Annual vaccination report of Bihar and Orissa - 1911-1928
Year: 1911
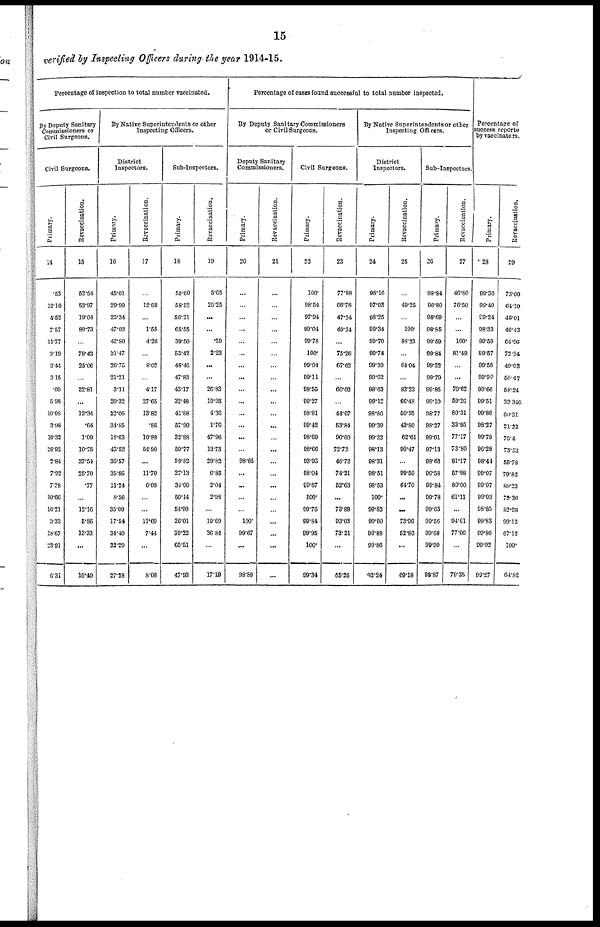
15
verified by Inspecting Officers during the year 1914-15.
Percentage of inspection to total number vaccinated.
By Deputy Sanitary
Commissioners or
Civil Surgeons.
Civil Surgeons.
Primary.
14
.53
12.10
4.52
7.57
11.77
3.10
3.44
315
.09
5.98
10.03
3.08
10.32
26.92
2.84
7.92
7.38
10.66
10.21
3.33
18.67
23.91
6.31
Revaccination.
15
52.54
53.97
19.04
80.73
...
79.43
25.06
...
32.81
...
13.34
.64
1.09
10.78
37.54
25.70
.77
...
12.16
6.85
13.33
...
10.40
By Native Superintendents or other
Inspecting Officers.
District
Inspectors.
Primary.
16
45.01
29.99
25.34
47.03
42.80
21.47
26.75
21.21
3.11
20.32
22.08
34.85
18.63
43.52
36.57
35.86
11.24
8.56
35.09
17.54
34.40
32.20
27.28
Revaccination.
17
...
12.68
...
1.55
4.26
...
8.02
...
4.17
27.65
13.82
.80
10.88
54.90
...
11.70
6.08
...
...
11.69
7.44
...
8.68
Sub-Inspectors.
Primary.
18
50.60
58.52
56.21
65.55
39.50
53.42
48.46
47.83
43.17
32.48
41.88
57.90
32.88
50.77
59.82
27.13
34.00
50.14
54.99
26.01
39.22
65.51
47.93
Revaccination.
19
5.69
25.25
...
...
.59
2.23
...
...
26.83
10.93
4.36
1.76
47.96
13.73
29.82
6.85
2.04
2.98
...
19.69
30.84
...
17.19
Percentage of cases found successful to total number inspected.
By Deputy Sanitary Commissioners
or Civil Surgeons.
Deputy Sanitary
Commissioners.
Primary.
20
...
...
...
...
...
...
...
...
...
...
...
...
...
...
98.85
...
...
...
...
100.
99.67
...
98.89
Revaccination.
21
...
...
...
...
...
...
...
...
...
...
...
...
...
...
...
...
...
...
...
...
...
...
...
Civil Surgeons.
Primary.
22
100.
98.54
97.94
99.04
99.78
100.
99.94
99.11
98.55
99.27
98.81
99.42
98.60
98.66
93.93
98.04
99.67
100.
99.76
99.84
99.96
100.
99.34
Revaccination.
23
77.88
66.78
47.24
40.24
...
75.26
67.62
...
60.02
...
44.07
63.84
90.00
72.73
46.72
74.21
52.63
...
73.88
93.03
73.21
...
65.26
By Native Superintendents or other
Inspecting Officers.
District
Inspectors.
Primary.
24
98.16
97.93
98.25
99.34
99.70
99.74
99.39
99.62
98.63
99.12
98.86
99.39
99.32
98.13
98.31
98.51
98.53
100.
99.82
90.90
99.88
99.86
93.24
Revaccination.
25
...
49.25
...
100.
89.23
...
64.04
...
83.23
66.48
50.95
43.80
62.61
90.47
...
99.50
64.70
...
...
73.96
52.80
...
69.18
Sub-Inspectors.
Primary.
26
98.84
96.80
98.69
98.85
99.69
99.84
99.22
99.79
99.85
99.10
98.77
98.27
99.01
97.13
98.63
96.58
99.84
99.78
99.63
90.56
90.68
99.00
98.87
Revaccination.
27
40.80
76.50
...
...
100.
81.49
...
...
70.62
59.26
80.31
33.95
77.17
73.80
81.17
57.98
80.00
61.11
...
94.61
77.06
...
79.35
Percentage of
success reporte
by vaccinators.
Primary.
28
99.36
99.40
99.24
98.33
99.50
99.57
99.56
99.90
99.66
99.61
99.86
98.27
99.78
96.28
98.44
99.07
99.97
99.93
98.85
99.83
99.86
90.92
99.27
Revaccination.
29
73.00
64.10
46.01
46.43
64.96
72.34
49.03
50.47
58.24
33.346
60.31
21.22
75.4
73.52
55.78
70.82
80.23
73.36
82.28
99.12
67.12
100.
64.82